Annual report of the Imperial Bacteriologist
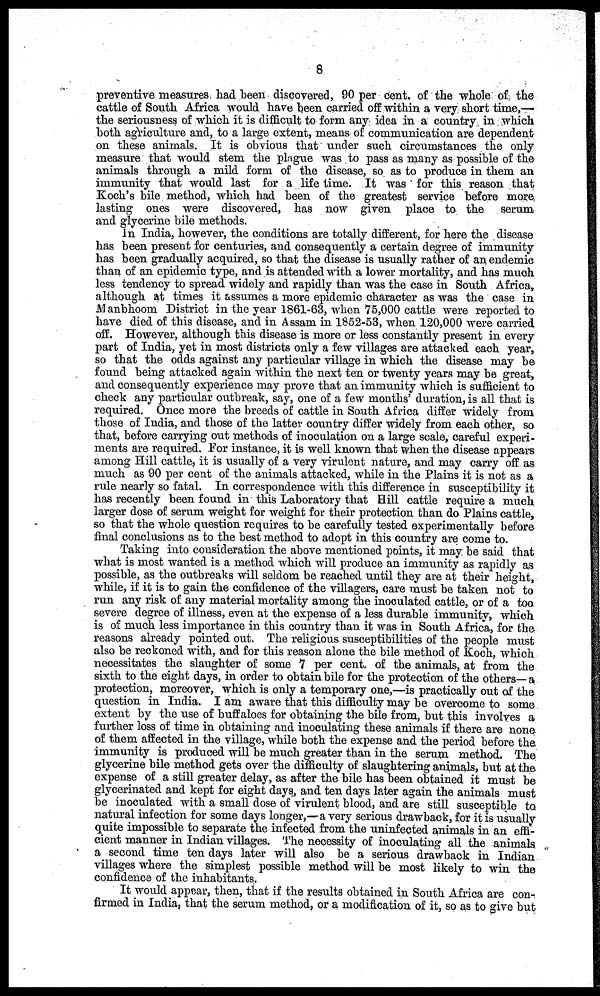
8
preventive measures had been discovered, 90 per cent. of the whole of the
cattle of South Africa would have been carried off within a very short time,—
the seriousness of which it is difficult to form any idea in a country in which
both agriculture and, to a large extent, means of communication are dependent
on these animals. It is obvious that under such circumstances the only
measure that would stem the plague was to pass as many as possible of the
animals through a mild form of the disease, so as to produce in them an
immunity that would last for a life time. It was for this reason that
Koch's bile method, which had been of the greatest service before more
lasting ones were discovered, has now given place to the serum
and glycerine bile methods.
In India, however, the conditions are totally different, for here the disease
has been present for centuries, and consequently a certain degree of immunity
has been gradually acquired, so that the disease is usually rather of an endemic
than of an epidemic type, and is attended with a lower mortality, and has much
less tendency to spread widely and rapidly than was the case in South Africa,
although at times it assumes a more epidemic character as was the case in
Manbhoom District in the year 1861-63, when 75,000 cattle were reported to
have died of this disease, and in Assam in 1852-53, when 120,000 were carried
off. However, although this disease is more or less constantly present in every
part of India, yet in most districts only a few villages are attacked each year,
so that the odds against any particular village in which the disease may be
found being attacked again within the next ten or twenty years may be great,
and consequently experience may prove that an immunity which is sufficient to
check any particular outbreak, say, one of a few months' duration, is all that is
required. Once more the breeds of cattle in South Africa differ widely from
those of India, and those of the latter country differ widely from each other, so
that, before carrying out methods of inoculation on a large scale, careful experi-
ments are required. For instance, it is well known that when the disease appears
among Hill cattle, it is usually of a very virulent nature, and may carry off as
much as 90 per cent of the animals attacked, while in the Plains it is not as a
rule nearly so fatal. In correspondence with this difference in susceptibility it
has recently been found in this Laboratory that Hill cattle require a much
larger dose of serum weight for weight for their protection than do Plains cattle,
so that the whole question requires to be carefully tested experimentally before
final conclusions as to the best method to adopt in this country are come to.
Taking into consideration the above mentioned points, it may be said that
what is most wanted is a method which will produce an immunity as rapidly as
possible, as the outbreaks will seldom be reached until they are at their height,
while, if it is to gain the confidence of the villagers, care must be taken not to
run any risk of any material mortality among the inoculated cattle, or of a too
severe degree of illness, even at the expense of a less durable immunity, which
is of much less importance in this country than it was in South Africa, for the
reasons already pointed out. The religious susceptibilities of the people must
also be reckoned with, and for this reason alone the bile method of Koch, which
necessitates the slaughter of some 7 per cent. of the animals, at from the
sixth to the eight days, in order to obtain bile for the protection of the others—a
protection, moreover, which is only a temporary one,—is practically out of the
question in India. I am aware that this difficulty may be overcome to some
extent by the use of buffaloes for obtaining the bile from, but this involves a
further loss of time in obtaining and inoculating these animals if there are none
of them affected in the village, while both the expense and the period before the
immunity is produced will be much greater than in the serum method. The
glycerine bile method gets over the difficulty of slaughtering animals, but at the
expense of a still greater delay, as after the bile has been obtained it must be
glycerinated and kept for eight days, and ten days later again the animals must
be inoculated with a small dose of virulent blood, and are still susceptible to
natural infection for some days longer,—a very serious drawback, for it is usually
quite impossible to separate the infected from the uninfected animals in an effi-
cient manner in Indian villages. The necessity of inoculating all the animals
a second time ten days later will also be a serious drawback in Indian
villages where the simplest possible method will be most likely to win the
confidence of the inhabitants.
It would appear, then, that if the results obtained in South Africa are con-
firmed in India, that the serum method, or a modification of it, so as to give but